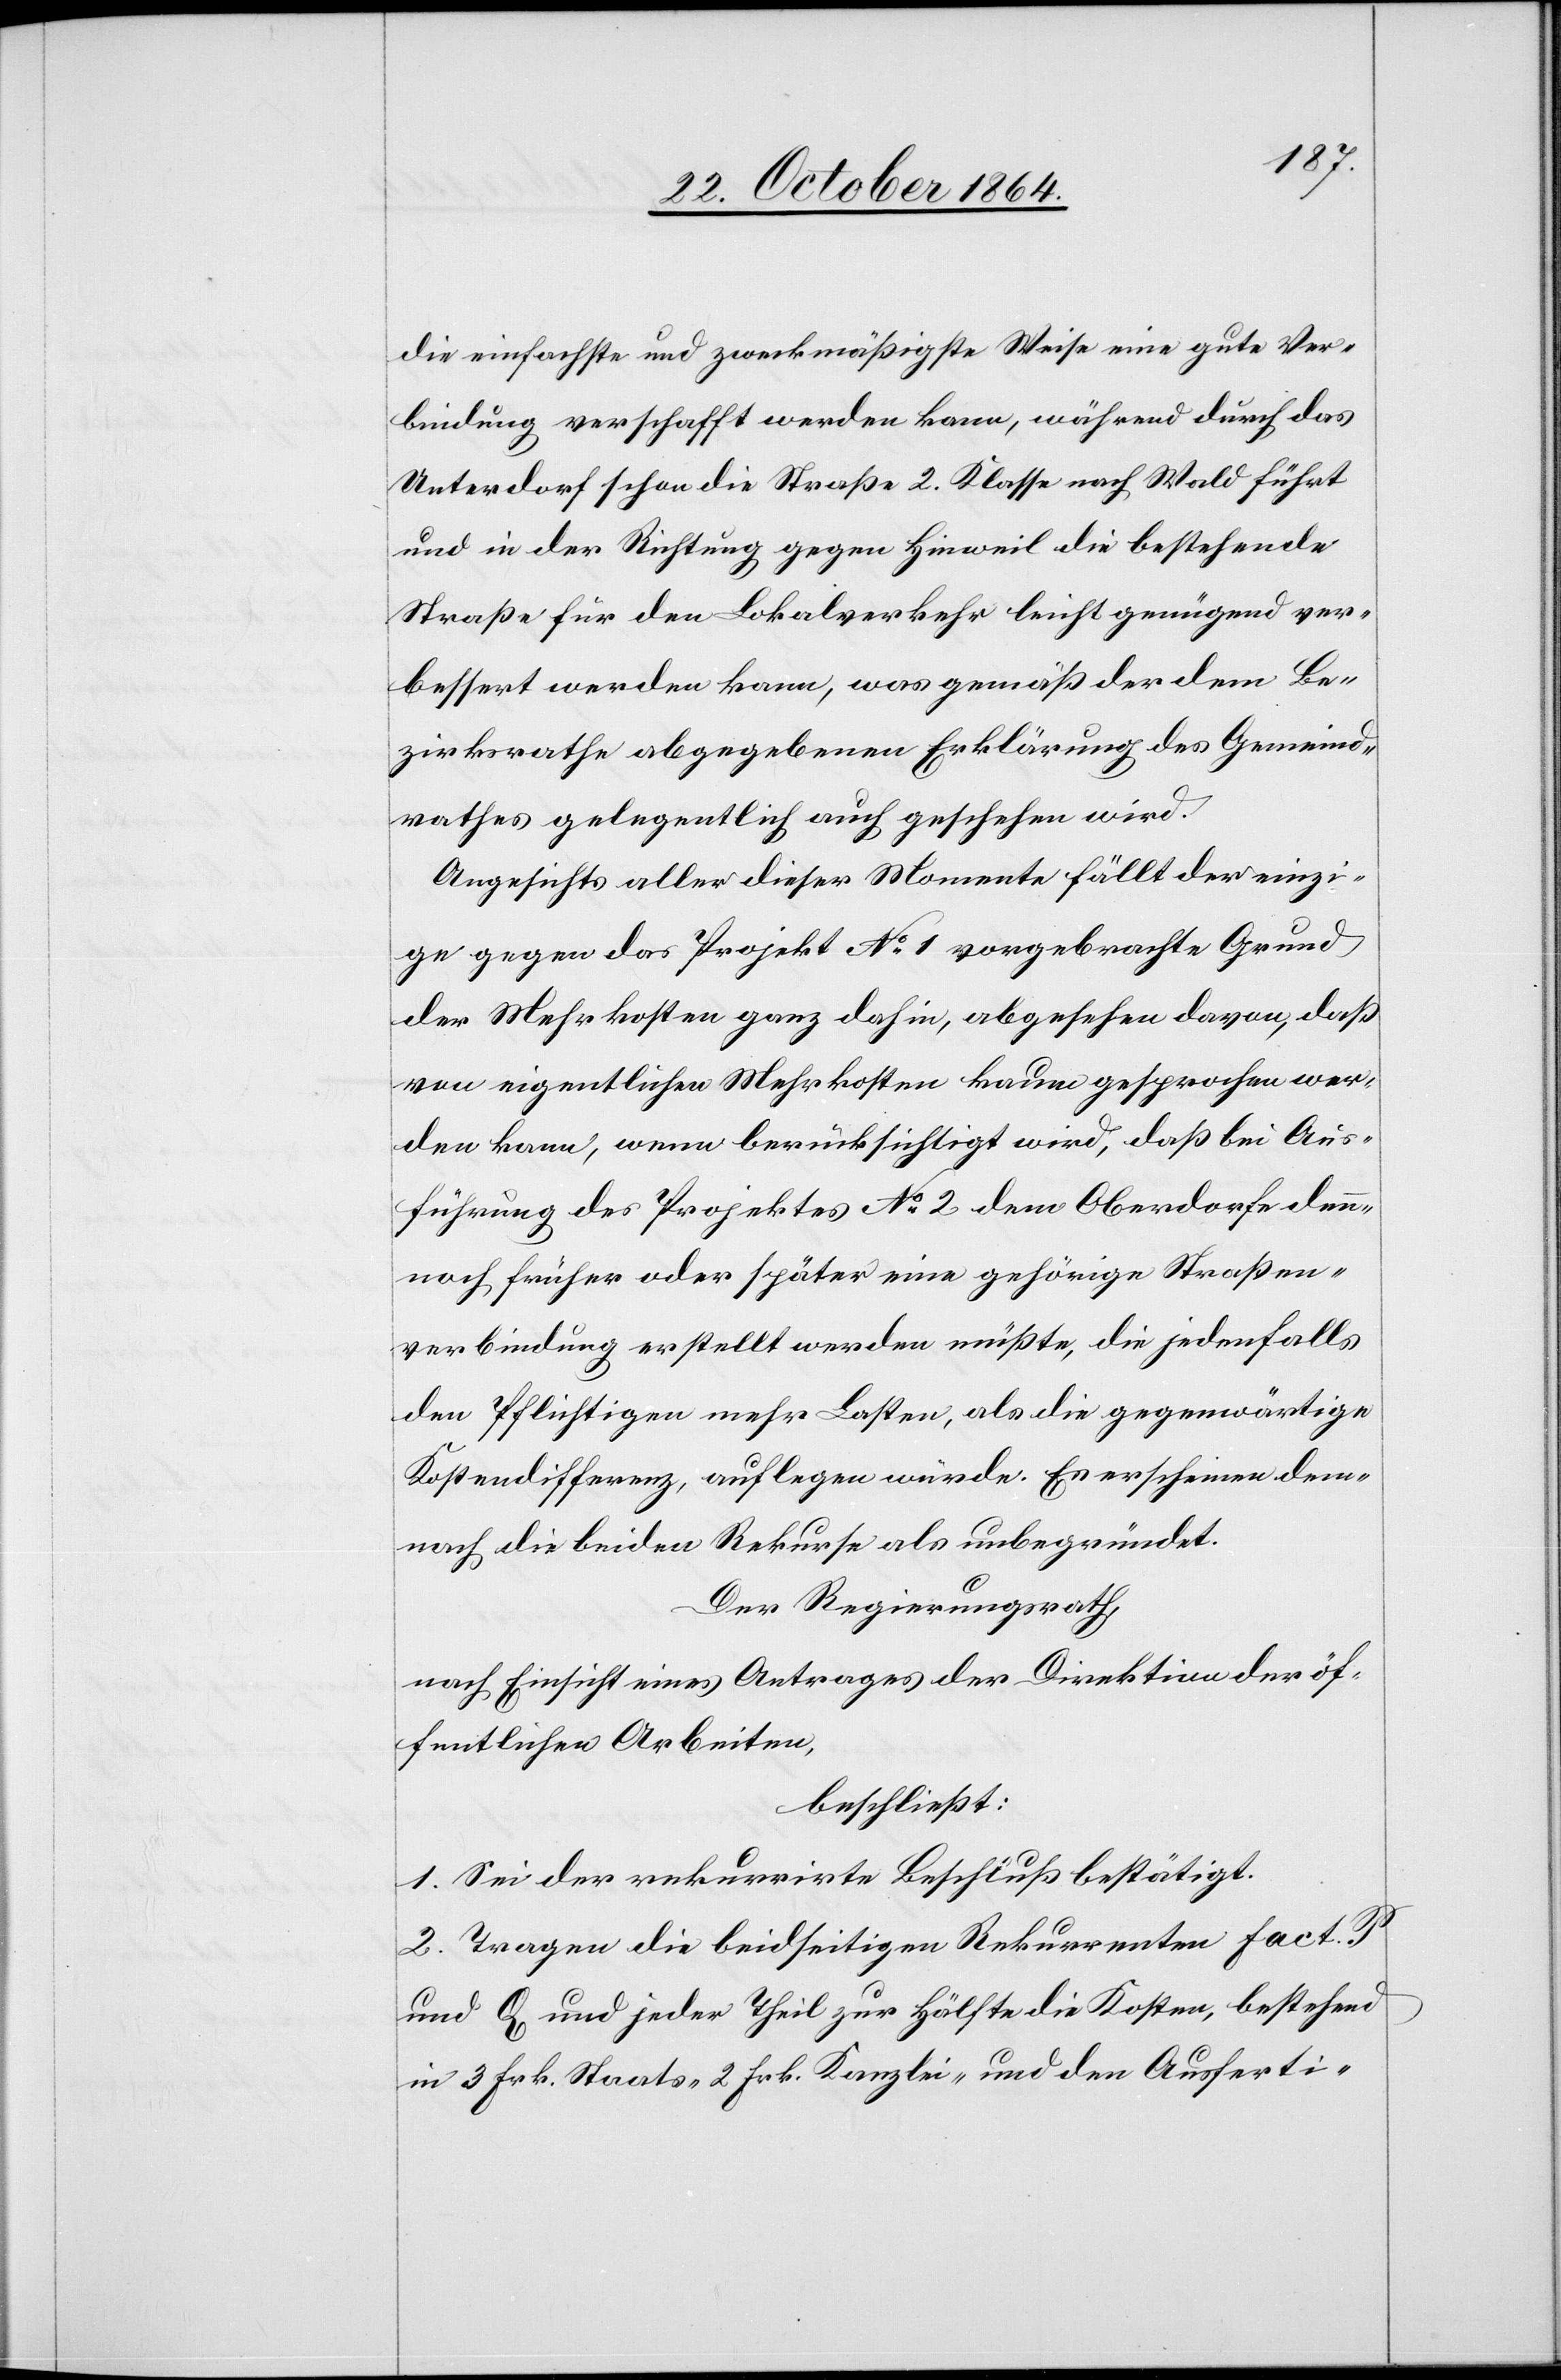
die einfachste und zweckmäßigste Weise eine gute Ver¬
bindung verschafft werden kann, während durch das
Unterdorf schon die Straße 2. Klasse nach Wald führt
und in der Richtung gegen Hinweil die bestehende
Straße für den Lokalverkehr leicht genügend ver¬
bessert werden kann, was gemäß der dem Be¬
zirksrathe abgegebenen Erklärung des Gemeind¬
rathes gelegentlich auch geschehen wird.
Angesichts aller dieser Momente fällt der einzi¬
ge gegen das Projekt No 1 vorgebrachte Grund
der Mehrkosten ganz dahin, abgesehen davon, daß
vom eigentlichen Mehrkosten kaum gesprochen wer¬
den kann, wenn berücksichtigt wird, daß bei Aus¬
führung des Projektes No 2 dem Oberdorfe den¬
noch früher oder später eine gehörige Straßen¬
verbindung erstellt werden müßte, die jedenfalls
den Pflichtigen mehr Lasten, als die gegenwärtige
Kostendifferenz, auflegen würde. Es erscheinen dem¬
nach die beiden Rekurse als unbegründet.
Der Regierungsrath
nach Einsicht eines Antrages der Direktion der öf¬
fentlichen Arbeiten,
beschließt:
1. Sei der rekurrirte Beschluß bestätigt.
2. Tragen die beidseitigen Rekurrenten Fact. P
und Q und jeder Theil zur Hälfte die Kosten, bestehend
in 3 Frk. Staats- 2 Frk. Kanzlei-, und den Ausferti-